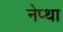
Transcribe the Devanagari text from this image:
नेप्था